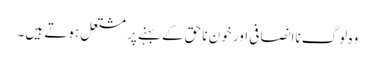
وہ لوگ ناانصافی اور خونِ ناحق کے بہنے پر مشتعل ہوتے ہیں۔